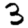
Digit: 3